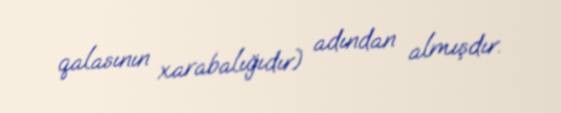
qalasının xarabalığıdır) adından almışdır.